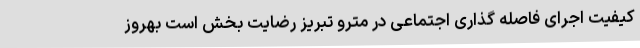
کیفیت اجرای فاصله گذاری اجتماعی در مترو تبریز رضایت بخش است بهروز